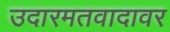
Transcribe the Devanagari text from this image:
उदारमतवादावर